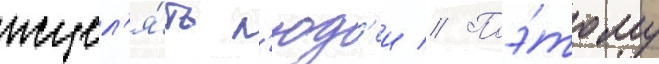
исцел'я́ть л'юд'еи // Поэ́тому